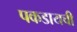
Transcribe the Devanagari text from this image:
पकडायची